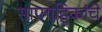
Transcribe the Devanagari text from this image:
साप्ताहिकांचे